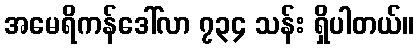
အမေရိကန်ဒေါ်လာ ၇၃၄ သန်း ရှိပါတယ်။